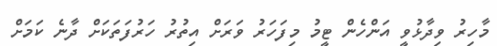
މާހިރު ވިދާޅުވީ އަންހެން ޓީމު މިފަހަރު ވަރަށް އިތުރު ހަރުފަތަކަށް ދާނެ ކަމަށް